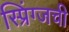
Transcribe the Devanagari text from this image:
स्प्रिंग्जची